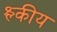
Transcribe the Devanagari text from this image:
श्ल्कीय